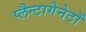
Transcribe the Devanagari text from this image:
प्लैन्टागेनेटों